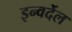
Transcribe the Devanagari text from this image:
इन्वर्देल